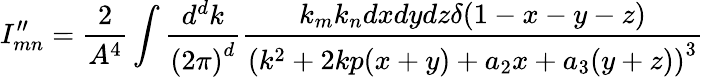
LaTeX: I_{mn}^{\prime\prime}=\frac{2}{A^{4}}\int\frac{d^{d}k}{{(2\pi)}^{d}}\frac{k_{m}k_{n}dxdydz\delta(1-x-y-z)}{{(k^{2}+2kp(x+y)+a_{2}x+a_{3}(y+z))}^{3}}